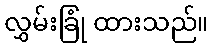
လွှမ်းခြုံ ထားသည်။